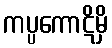
ကပ္ပကောဋိမှိ